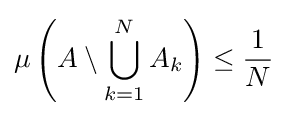
\mu \left(A\setminus \bigcup _{k=1}^{N}A_{k}\right)\leq {\frac {1}{N}}